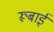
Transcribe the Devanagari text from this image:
रूबाई